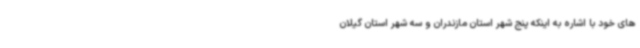
های خود با اشاره به اینکه پنج شهر استان مازندران و سه شهر استان گیلان